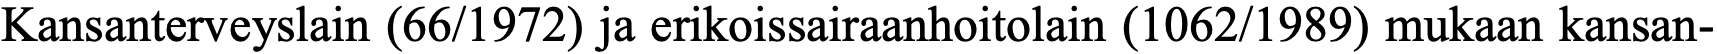
Kansanterveyslain (66/1972) ja erikoissairaanhoitolain (1062/1989) mukaan kansan-